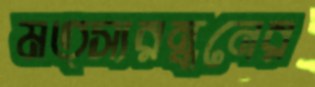
মত্স্যরন্ধনের